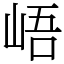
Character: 峿